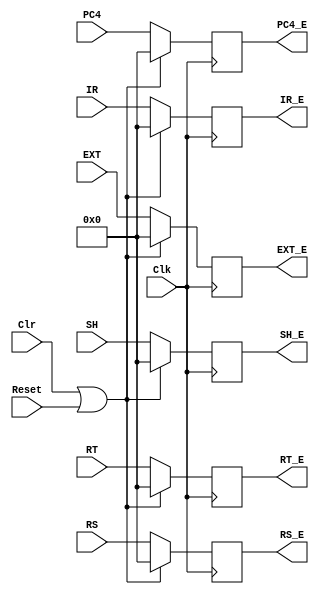
`timescale 1ns / 1ps
//////////////////////////////////////////////////////////////////////////////////
// Company: 
// Engineer: 
// 
// Design Name: 
// Module Name:    E_Reg 
// Project Name: 
// Target Devices: 
// Tool versions: 
// Description: 
//
// Dependencies: 
//
// Revision: 
// Revision 0.01 - File Created
// Additional Comments: 
//
//////////////////////////////////////////////////////////////////////////////////
module E_Reg(
    input [31:0] IR,
    input [31:0] PC4,
    input [31:0] RS,
    input [31:0] RT,
    input [31:0] SH,
    input [31:0] EXT,
	input Clk,
	input Clr,
	input Reset,
    output [31:0] IR_E,
    output [31:0] PC4_E,
    output [31:0] RS_E,
    output [31:0] RT_E,
    output [31:0] SH_E,
    output [31:0] EXT_E
    );

    reg [31:0] _IR, _PC4, _RS, _RT, _SH, _EXT;
	assign IR_E = _IR;
	assign PC4_E = _PC4;
	assign RS_E = _RS;
	assign RT_E = _RT;
	assign SH_E = _SH;
	assign EXT_E = _EXT;
	
	always @ (posedge Clk)begin
		if(Clr||Reset)begin
			_IR <= 0;
			_PC4 <= 0;
			_RS <= 0;
			_RT <= 0;
			_SH <= 0;
			_EXT <= 0;
		end
		else begin
			_IR <= IR;
			_PC4 <= PC4;
			_RS <= RS;
			_RT <= RT;
			_SH <= SH;
			_EXT <= EXT;
		end
	end

endmodule